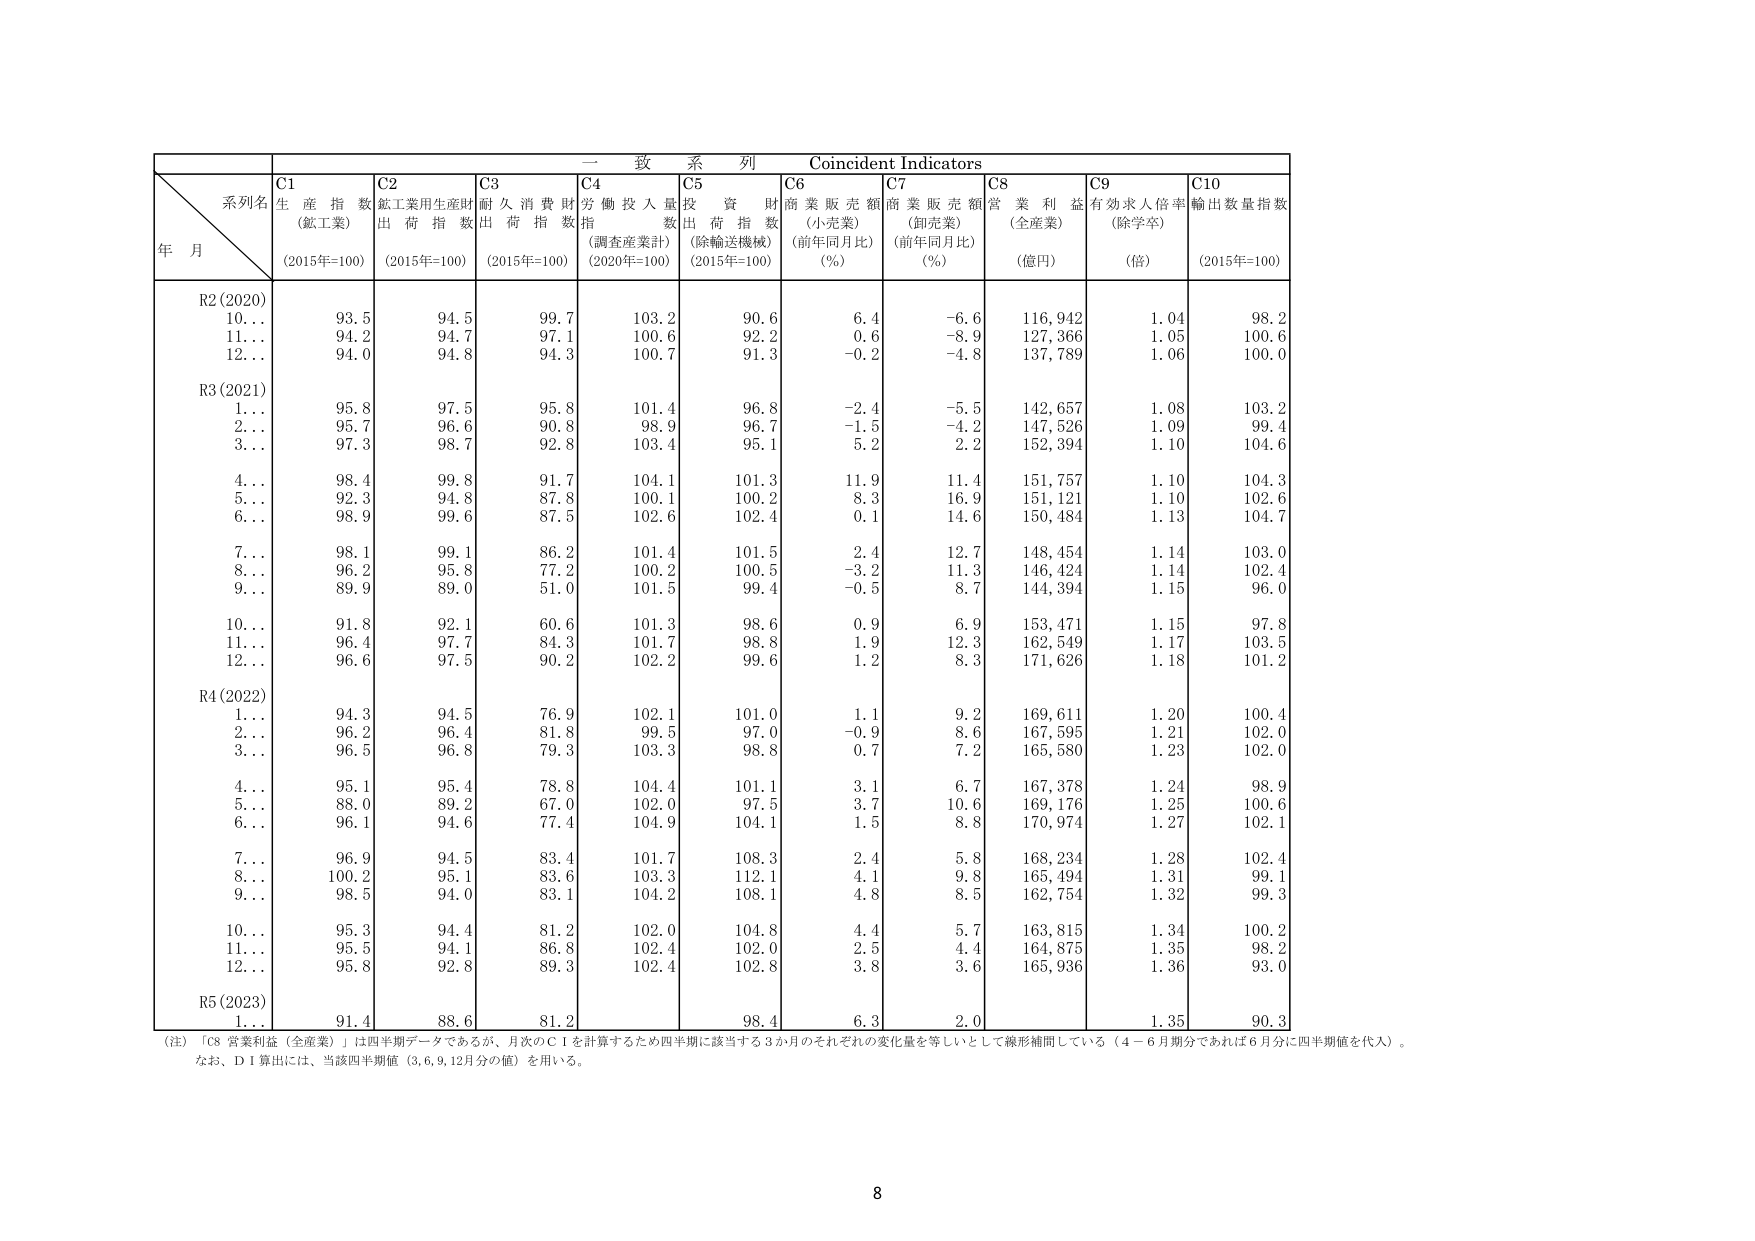
一致系列 Coincident Indicators
系列名
年月
C1 生産指数 (鉱工業) (2015年=100)
C2 鉱工業用生産財出荷指数 (2015年=100)
C3 耐久消費財出荷指数 (2015年=100)
C4 労働投入量指数 (調査産業計) (2020年=100)
C5 投資財出荷指数 (除輸送機械) (2015年=100)
C6 商業販売額 (小売業) (前年同月比) (%)
C7 商業販売額 (卸売業) (前年同月比) (%)
C8 営業利益 (全産業) (億円)
C9 有効求人倍率 (除学卒) (倍)
C10 輸出数量指数 (2015年=100)

R2 (2020)
10… 93.5 94.5 99.7 103.2 90.6 6.4 -6.6 116,942 1.04 98.2
11… 94.2 94.7 97.1 100.6 92.2 0.6 -8.9 127,366 1.05 100.6
12… 94.0 94.8 94.3 100.7 91.3 -0.2 -4.8 137,789 1.06 100.0

R3 (2021)
1… 95.8 97.5 95.8 101.4 96.8 -2.4 -5.5 142,657 1.08 103.2
2… 95.7 96.6 90.8 98.9 96.7 -1.5 -4.2 147,526 1.09 99.4
3… 97.3 98.7 92.8 103.4 95.1 5.2 2.2 152,394 1.10 104.6
4… 98.4 99.8 91.7 104.1 101.3 11.9 11.4 151,757 1.10 104.3
5… 92.3 94.8 87.8 100.1 100.2 8.3 16.9 151,121 1.10 102.6
6… 98.9 99.6 87.5 102.6 102.4 0.1 14.6 150,484 1.13 104.7
7… 98.1 99.1 86.2 101.4 101.5 2.4 12.7 148,454 1.14 103.0
8… 96.2 95.8 77.2 100.2 100.5 -3.2 11.3 146,424 1.14 102.4
9… 89.9 89.0 51.0 101.5 99.4 -0.5 8.7 144,394 1.15 96.0
10… 91.8 92.1 60.6 101.3 98.6 0.9 6.9 153,471 1.15 97.8
11… 96.4 97.7 84.3 101.7 98.8 1.9 12.3 162,549 1.17 103.5
12… 96.6 97.5 90.2 102.2 99.6 1.2 8.3 171,626 1.18 101.2

R4 (2022)
1… 94.3 94.5 76.9 102.1 101.0 1.1 9.2 169,611 1.20 100.4
2… 96.2 96.4 81.8 99.5 97.0 -0.9 8.6 167,595 1.21 102.0
3… 96.5 96.8 79.3 103.3 98.8 0.7 7.2 165,580 1.23 102.0
4… 95.1 95.4 78.8 104.4 101.1 3.1 6.7 167,378 1.24 98.9
5… 88.0 89.2 67.0 102.0 97.5 3.7 10.6 169,176 1.25 100.6
6… 96.1 94.6 77.4 104.9 104.1 1.5 8.8 170,974 1.27 102.1
7… 96.9 94.5 83.4 101.7 108.3 2.4 5.8 168,234 1.28 102.4
8… 100.2 95.1 83.6 103.3 112.1 4.1 9.8 165,494 1.31 99.1
9… 98.5 94.0 83.1 104.2 108.1 4.8 8.5 162,754 1.32 99.3
10… 95.3 94.4 81.2 102.0 104.8 4.4 5.7 163,815 1.34 100.2
11… 95.5 94.1 86.8 102.4 102.0 2.5 4.4 164,875 1.35 98.2
12… 95.8 92.8 89.3 102.4 102.8 3.8 3.6 165,936 1.36 93.0

R5 (2023)
1… 91.4 88.6 81.2 98.4 6.3 2.0 1.35 90.3

(注) 「C8 営業利益（全産業）」は四半期データであるが、月次のＣＩを計算するため四半期に該当する３か月のそれぞれの変化量を等しいとして線形補間している（４－６月期分であれば６月分に四半期値を代入）。なお、ＤＩ算出には、当該四半期値（3,6,9,12月分の値）を用いる。

8